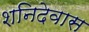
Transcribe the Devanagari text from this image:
शनिदेवास